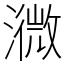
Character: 㵟